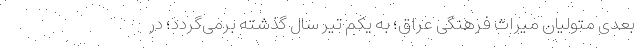
بعدی متولیان میراث فرهنگی عراق؛ به یکم تیر سال گذشته برمی‌گردد؛ در